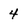
Character: 4